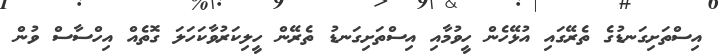
އިސްތަށިގަނޑުގެ ތެރޭގައި އުޅޭހެން ހީވުމާއި އިސްތަށިގަނޑު ތެރޭން ހީލިކަރުވާކަހަލަ ގޮތެއް އިހްސާސް ވުން